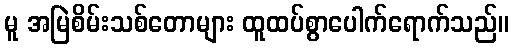
မူ အမြဲစိမ်းသစ်တောများ ထူထပ်စွာပေါက်ရောက်သည်။